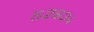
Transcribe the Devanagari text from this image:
५२८३४